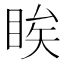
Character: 䀵